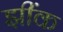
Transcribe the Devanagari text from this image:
झींक